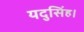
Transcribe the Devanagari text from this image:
यदुसिंह।